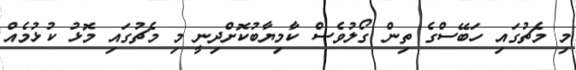
މި މެޗުގައި ހަބޭސްގެ ތިން ގޯލުވެސް ކާމިޔާބުކޮށްދިނީ މި މެޗުގައި މޮޅު ކުޅުމެއް